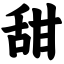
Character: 甜